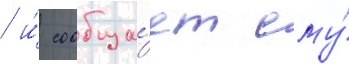
/ и́ сообща́ет ему́